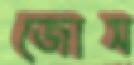
জোস